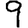
Digit: 9